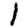
Digit: 1